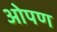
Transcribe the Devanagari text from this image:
ओपण